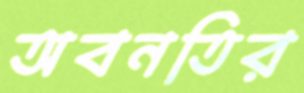
অবনতির